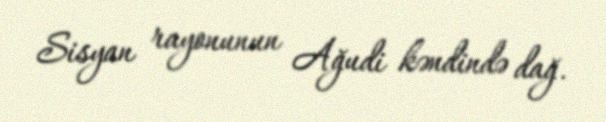
Sisyan rayonunun Ağudi kəndində dağ.